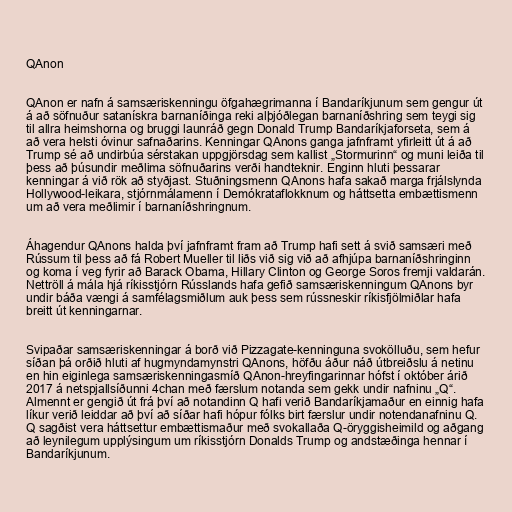
QAnon

QAnon er nafn á samsæriskenningu öfgahægrimanna í Bandaríkjunum sem gengur út
á að söfnuður satanískra barnaníðinga reki alþjóðlegan barnaníðshring sem teygi sig
til allra heimshorna og bruggi launráð gegn Donald Trump Bandaríkjaforseta, sem á
að vera helsti óvinur safnaðarins. Kenningar QAnons ganga jafnframt yfirleitt út á að
Trump sé að undirbúa sérstakan uppgjörsdag sem kallist „Stormurinn“ og muni leiða til
þess að þúsundir meðlima söfnuðarins verði handteknir. Enginn hluti þessarar
kenningar á við rök að styðjast. Stuðningsmenn QAnons hafa sakað marga frjálslynda
Hollywood-leikara, stjórnmálamenn í Demókrataflokknum og háttsetta embættismenn
um að vera meðlimir í barnaníðshringnum.

Áhagendur QAnons halda því jafnframt fram að Trump hafi sett á svið samsæri með
Rússum til þess að fá Robert Mueller til liðs við sig við að afhjúpa barnaníðshringinn
og koma í veg fyrir að Barack Obama, Hillary Clinton og George Soros fremji valdarán.
Nettröll á mála hjá ríkisstjórn Rússlands hafa gefið samsæriskenningum QAnons byr
undir báða vængi á samfélagsmiðlum auk þess sem rússneskir ríkisfjölmiðlar hafa
breitt út kenningarnar.

Svipaðar samsæriskenningar á borð við Pizzagate-kenninguna svokölluðu, sem hefur
síðan þá orðið hluti af hugmyndamynstri QAnons, höfðu áður náð útbreiðslu á netinu
en hin eiginlega samsæriskenningasmíð QAnon-hreyfingarinnar hófst í október árið
2017 á netspjallsíðunni 4chan með færslum notanda sem gekk undir nafninu „Q“.
Almennt er gengið út frá því að notandinn Q hafi verið Bandaríkjamaður en einnig hafa
líkur verið leiddar að því að síðar hafi hópur fólks birt færslur undir notendanafninu Q.
Q sagðist vera háttsettur embættismaður með svokallaða Q-öryggisheimild og aðgang
að leynilegum upplýsingum um ríkisstjórn Donalds Trump og andstæðinga hennar í
Bandaríkjunum.